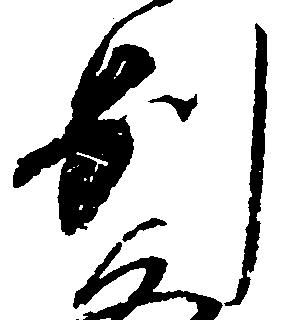
別